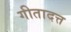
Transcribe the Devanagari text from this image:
गीतादत्त